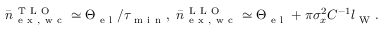
\bar { n } _ { \mathrm { ~ e ~ x ~ , ~ w ~ c ~ } } ^ { \mathrm { ~ T ~ L ~ O ~ } } \simeq \Theta _ { \mathrm { ~ e ~ l ~ } } / \tau _ { \mathrm { ~ m ~ i ~ n ~ } } , ~ \bar { n } _ { \mathrm { ~ e ~ x ~ , ~ w ~ c ~ } } ^ { \mathrm { ~ L ~ L ~ O ~ } } \simeq \Theta _ { \mathrm { ~ e ~ l ~ } } + \pi \sigma _ { x } ^ { 2 } C ^ { - 1 } l _ { \mathrm { ~ W ~ } } .